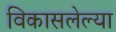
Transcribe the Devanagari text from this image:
विकासलेल्या